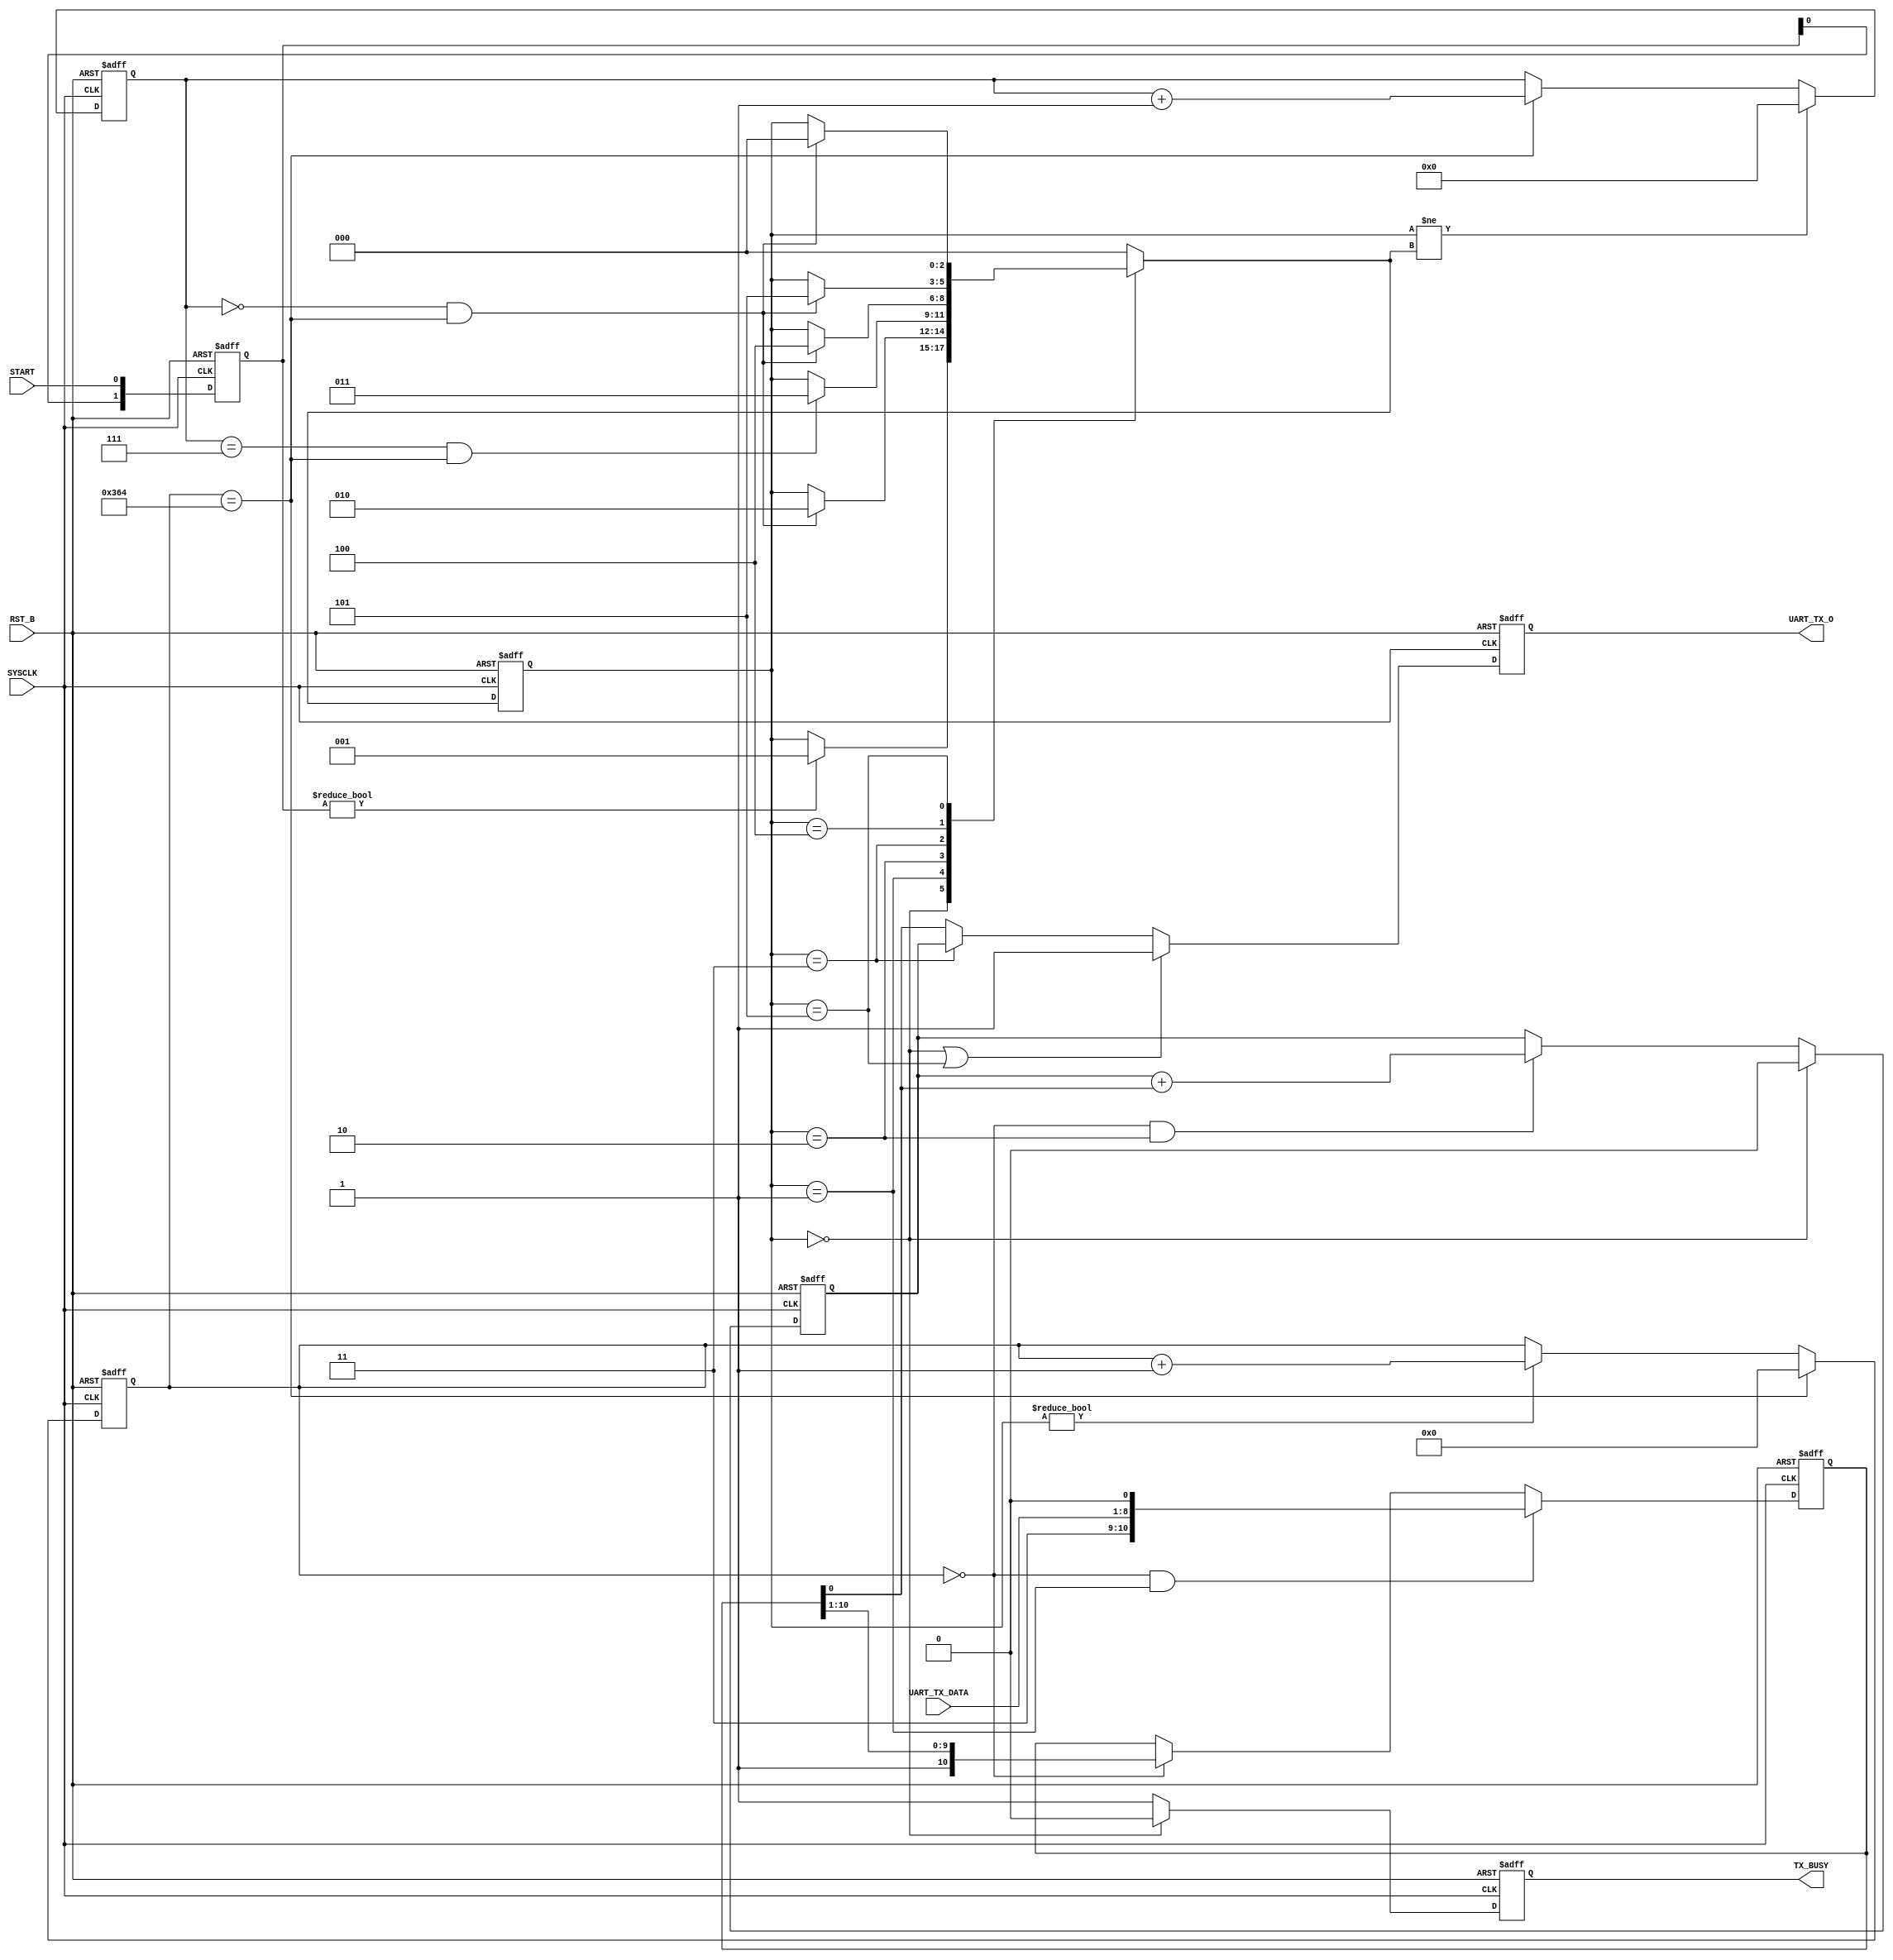

//==============================================================================
// UART  TX 

`define UD #1

module UART_TX
		(
		SYSCLK,
		RST_B,

		START,
		UART_TX_DATA,
		UART_TX_O,

		TX_BUSY
		);
//==============================================================================
//	Input and output declaration
//==============================================================================
input		SYSCLK;		//50MHz
input		RST_B;		//

input		START;		//
input	[7:0]	UART_TX_DATA;	//
output		UART_TX_O;	//TX

output		TX_BUSY;	//""1 

//==============================================================================
//	Wire and reg declaration
//==============================================================================
wire		SYSCLK;
wire		RST_B;

wire		START;
wire	[7:0]	UART_TX_DATA;
reg		UART_TX_O;

reg		TX_BUSY;

//==============================================================================
//	Wire and reg in the module
//==============================================================================
reg	[9:0]	TIME_CNT;	//
reg	[9:0]	TIME_CNT_N;	//TIME_CNT 

reg	[3:0]	BIT_CNT;	//
reg	[3:0]	BIT_CNT_N;	//BIT_CNT 

reg	[10:0]	SHIFT_DATA;	//11
reg	[10:0]	SHIFT_DATA_N;	//SHIFT_DATA 

reg	[2:0]	UART_TX_CS;	//
reg	[2:0]	UART_TX_NS;	//

reg		UART_TX_O_N;	//UART_TX_O 

reg		TX_BUSY_N;	//TX_BUSY 
reg	[1:0]	START_REG;	//

reg		PARITY_CNT;
reg		PARITY_CNT_N;
//------------------------------------------------------------------------------

parameter	IDLE		= 3'h0;	//
parameter	SEND_START	= 3'h1;	//
parameter	SEND_DATA	= 3'h2;	//8
parameter	SEND_PARITY	= 3'h3;	//
parameter	SEND_STOP	= 3'h4;	//
parameter	FINISH		= 3'h5;	//

//==============================================================================
//	Logic
//==============================================================================

always @ (posedge SYSCLK or negedge RST_B)
begin
 if(!RST_B)
  PARITY_CNT <= `UD 1'h0;
 else
  PARITY_CNT <= `UD PARITY_CNT_N;
end

// PARITY_CNT 1 1
// 

always @ (*)
begin
  if(UART_TX_CS == IDLE)
   PARITY_CNT_N = 1'h0;
  else if((TIME_CNT == 9'h0) && (UART_TX_CS == SEND_DATA))
   PARITY_CNT_N = PARITY_CNT + SHIFT_DATA[0];
  else
   PARITY_CNT_N = PARITY_CNT;
end

//------------------------------------------------------------------------------
always @ (posedge SYSCLK or negedge RST_B)
begin
 if(!RST_B)
  START_REG <= `UD 2'h0;
 else
  START_REG <= `UD {START_REG[0],START};
end

//------------------------------------------------------------------------------
always @ (posedge SYSCLK or negedge RST_B)
begin
 if(!RST_B)
  TX_BUSY <= `UD 1'h0;//0 -> IDLE ,1->BUSY
 else
  TX_BUSY <= `UD TX_BUSY_N;
end

//BUSY  IDLE 
always @ (*)
begin
 if(UART_TX_CS == IDLE)
  TX_BUSY_N = 1'h0;
 else
  TX_BUSY_N = 1'h1;
end

//------------------------------------------------------------------------------

always @ (posedge SYSCLK or negedge RST_B)
begin
 if(!RST_B)
  TIME_CNT <= `UD 10'h0;
 else
  TIME_CNT <= `UD TIME_CNT_N;
end

// 57600 ,17.36us, 10'h364
//  0 ~ 10'h364
always @ (*)
begin
 if(TIME_CNT == 10'h364)
  TIME_CNT_N = 10'h0;
//IDLE
 else if(UART_TX_CS != IDLE)
  TIME_CNT_N = TIME_CNT + 9'h1;
 else
  TIME_CNT_N = TIME_CNT;
end
//------------------------------------------------------------------------------
always @ (posedge SYSCLK or negedge RST_B)
begin
 if(!RST_B)
  SHIFT_DATA <= `UD 11'h0;
 else
  SHIFT_DATA <= `UD SHIFT_DATA_N;
end

always @ (*)
begin
//11
 if((TIME_CNT == 10'h0) && (UART_TX_CS == SEND_START))
  SHIFT_DATA_N = {1'b1,1'b1,UART_TX_DATA[7:0],1'b0};
//TIME_CNT 0TX
 else if(TIME_CNT == 10'h0)
  SHIFT_DATA_N = {1'b1,SHIFT_DATA[10:1]};
 else
  SHIFT_DATA_N = SHIFT_DATA;
end

//------------------------------------------------------------------------------
always @ (posedge SYSCLK or negedge RST_B)
begin
 if(!RST_B)
  BIT_CNT <= `UD 4'h0;
 else
  BIT_CNT <= `UD BIT_CNT_N;
end

always @ (*)
begin
 //00
 if(UART_TX_CS != UART_TX_NS)
  BIT_CNT_N = 4'h0;
 //BIT_CNT TIME_CNT
 else if(TIME_CNT == 10'h364)
  BIT_CNT_N = BIT_CNT + 4'h1;
 else
  BIT_CNT_N = BIT_CNT;
end
//------------------------------------------------------------------------------
always @ (posedge SYSCLK or negedge RST_B)
begin
 if(!RST_B)
  UART_TX_O = 1'b1;
 else
  UART_TX_O = UART_TX_O_N;
end

//TX0TX
//TX
always @ (*)
begin
 if((UART_TX_CS == IDLE) || (UART_TX_CS == FINISH))
  UART_TX_O_N = 1'b1;
 else if(UART_TX_CS == SEND_PARITY)
  UART_TX_O_N = PARITY_CNT;
 else
  UART_TX_O_N = SHIFT_DATA[0];
end

//------------------------------------------------------------------------------
// 
always @ (posedge SYSCLK or negedge RST_B)
begin
 if(!RST_B)
  UART_TX_CS <= `UD IDLE;
 else
  UART_TX_CS <= `UD UART_TX_NS;
end

always @ (*)
begin
 case(UART_TX_CS)

 IDLE		:
  if(START_REG)
   UART_TX_NS = SEND_START;
  else
   UART_TX_NS = UART_TX_CS;

 SEND_START	:
  //
  if((BIT_CNT == 4'h0) && (TIME_CNT == 10'h364))
   UART_TX_NS = SEND_DATA;
  else
   UART_TX_NS = UART_TX_CS;   
   
 SEND_DATA	:
  if((BIT_CNT == 4'h7) && (TIME_CNT == 10'h364))
   UART_TX_NS = SEND_PARITY;
  else
   UART_TX_NS = UART_TX_CS;

 SEND_PARITY	:
  if((BIT_CNT == 4'h0) && (TIME_CNT == 10'h364))
   UART_TX_NS = SEND_STOP;
  else
   UART_TX_NS = UART_TX_CS;

 SEND_STOP	:
  if((BIT_CNT == 4'h0) && (TIME_CNT == 10'h364))
   UART_TX_NS = FINISH;
  else
   UART_TX_NS = UART_TX_CS;

 FINISH		: 
  if((BIT_CNT == 4'h0) && (TIME_CNT == 10'h364))
   UART_TX_NS = IDLE;
  else
   UART_TX_NS = UART_TX_CS;

 default	:	
   UART_TX_NS = IDLE;
 	
 endcase
 
end


endmodule

//==============================================================================
//	End of file
//==============================================================================